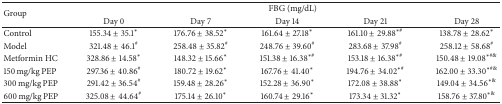
| <ROWSPAN=2> Group | <COLSPAN=5> FBG (mg/dL) |
 | Day 0 | Day 7 | Day 14 | Day 21 | Day 28 |
 | --- | --- | --- | --- | --- | --- |
 | Control | 155.34 ± 35.1∗ | 176.76 ± 38.52∗ | 161.64 ± 27.18∗ | 161.10 ± 29.88∗# | 138.78 ± 28.62∗ |
 | Model | 321.48 ± 46.1# | 258.48 ± 35.82# | 248.76 ± 39.60# | 283.68 ± 37.98# | 258.12 ± 58.68# |
 | Metformin HC | 328.86 ± 14.58∗ | 148.32 ± 15.66∗ | 151.38 ± 16.38∗# | 153.18 ± 16.38∗# | 150.48 ± 19.08∗#& |
 | 150 mg/kg PEP | 297.36 ± 40.86# | 180.72 ± 19.62∗ | 167.76 ± 41.40∗ | 194.76 ± 34.02∗# | 162.00 ± 33.30∗#& |
 | 300 mg/kg PEP | 291.42 ± 36.54# | 159.48 ± 28.26∗ | 152.28 ± 36.90∗ | 172.08 ± 38.88∗ | 149.04 ± 34.56∗& |
 | 600 mg/kg PEP | 325.08 ± 44.64# | 175.14 ± 26.10∗ | 160.74 ± 29.16∗ | 173.34 ± 31.32∗ | 158.76 ± 37.80∗& |